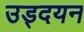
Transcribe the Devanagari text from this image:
उड्दयन